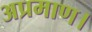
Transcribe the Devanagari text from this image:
अप्रमाण।